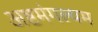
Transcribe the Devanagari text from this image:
अष्टमंगल्यम